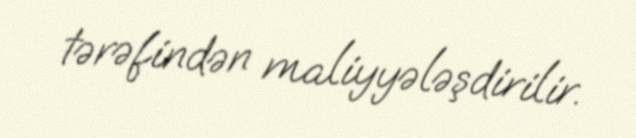
tərəfindən maliyyələşdirilir.